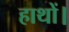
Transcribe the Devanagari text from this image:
हाथों।